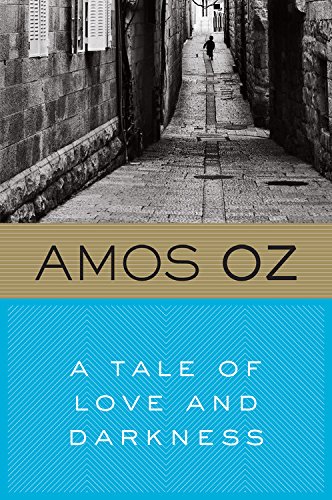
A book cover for A Tale of Love and Darkness; Amos Oz; Biographies & Memoirs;